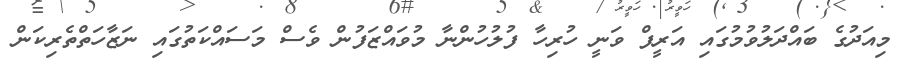
މިއަދުގެ ބައްދަލުވުމުގައި އަރީފް ވަނީ ހުރިހާ ފުލުހުންނާ މުވައްޒަފުން ވެސް މަސައްކަތުގައި ނަޒާހަތްތެރިކަން